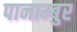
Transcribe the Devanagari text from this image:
पानाम्बुर